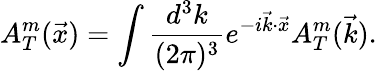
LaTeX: A_{T}^{m}(\vec{x})=\int\frac{d^{3}k}{(2\pi)^{3}}e^{-i\vec{k}\cdot\vec{x}}A_{T}^{m}(\vec{k}).